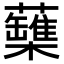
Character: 𧄡